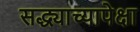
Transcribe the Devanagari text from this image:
सद्ध्याच्यापेक्षा